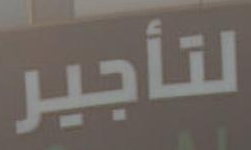
لتأجير